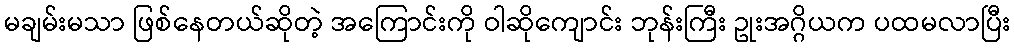
မချမ်းမသာ ဖြစ်နေတယ်ဆိုတဲ့ အကြောင်းကို ဝါဆိုကျောင်း ဘုန်းကြီး ဥုးအဂ္ဂိယက ပထမလာပြီး